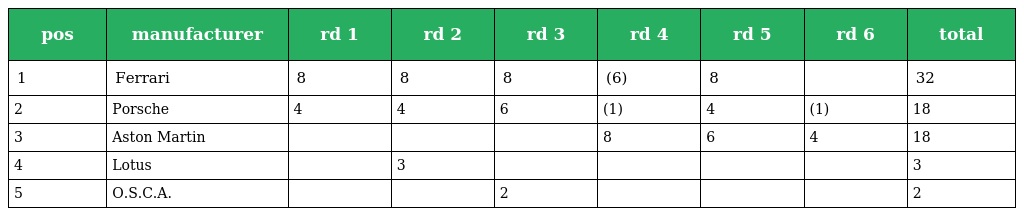
| pos | manufacturer | rd 1 | rd 2 | rd 3 | rd 4 | rd 5 | rd 6 | total |
 | --- | --- | --- | --- | --- | --- | --- | --- | --- |
 | 1 | Ferrari | 8 | 8 | 8 | (6) | 8 |  | 32 |
 | 2 | Porsche | 4 | 4 | 6 | (1) | 4 | (1) | 18 |
 | 3 | Aston Martin |  |  |  | 8 | 6 | 4 | 18 |
 | 4 | Lotus |  | 3 |  |  |  |  | 3 |
 | 5 | O.S.C.A. |  |  | 2 |  |  |  | 2 |